65_HS1-834228961_62-HQ-83894_Section_9
Agency: FBI
Page 256
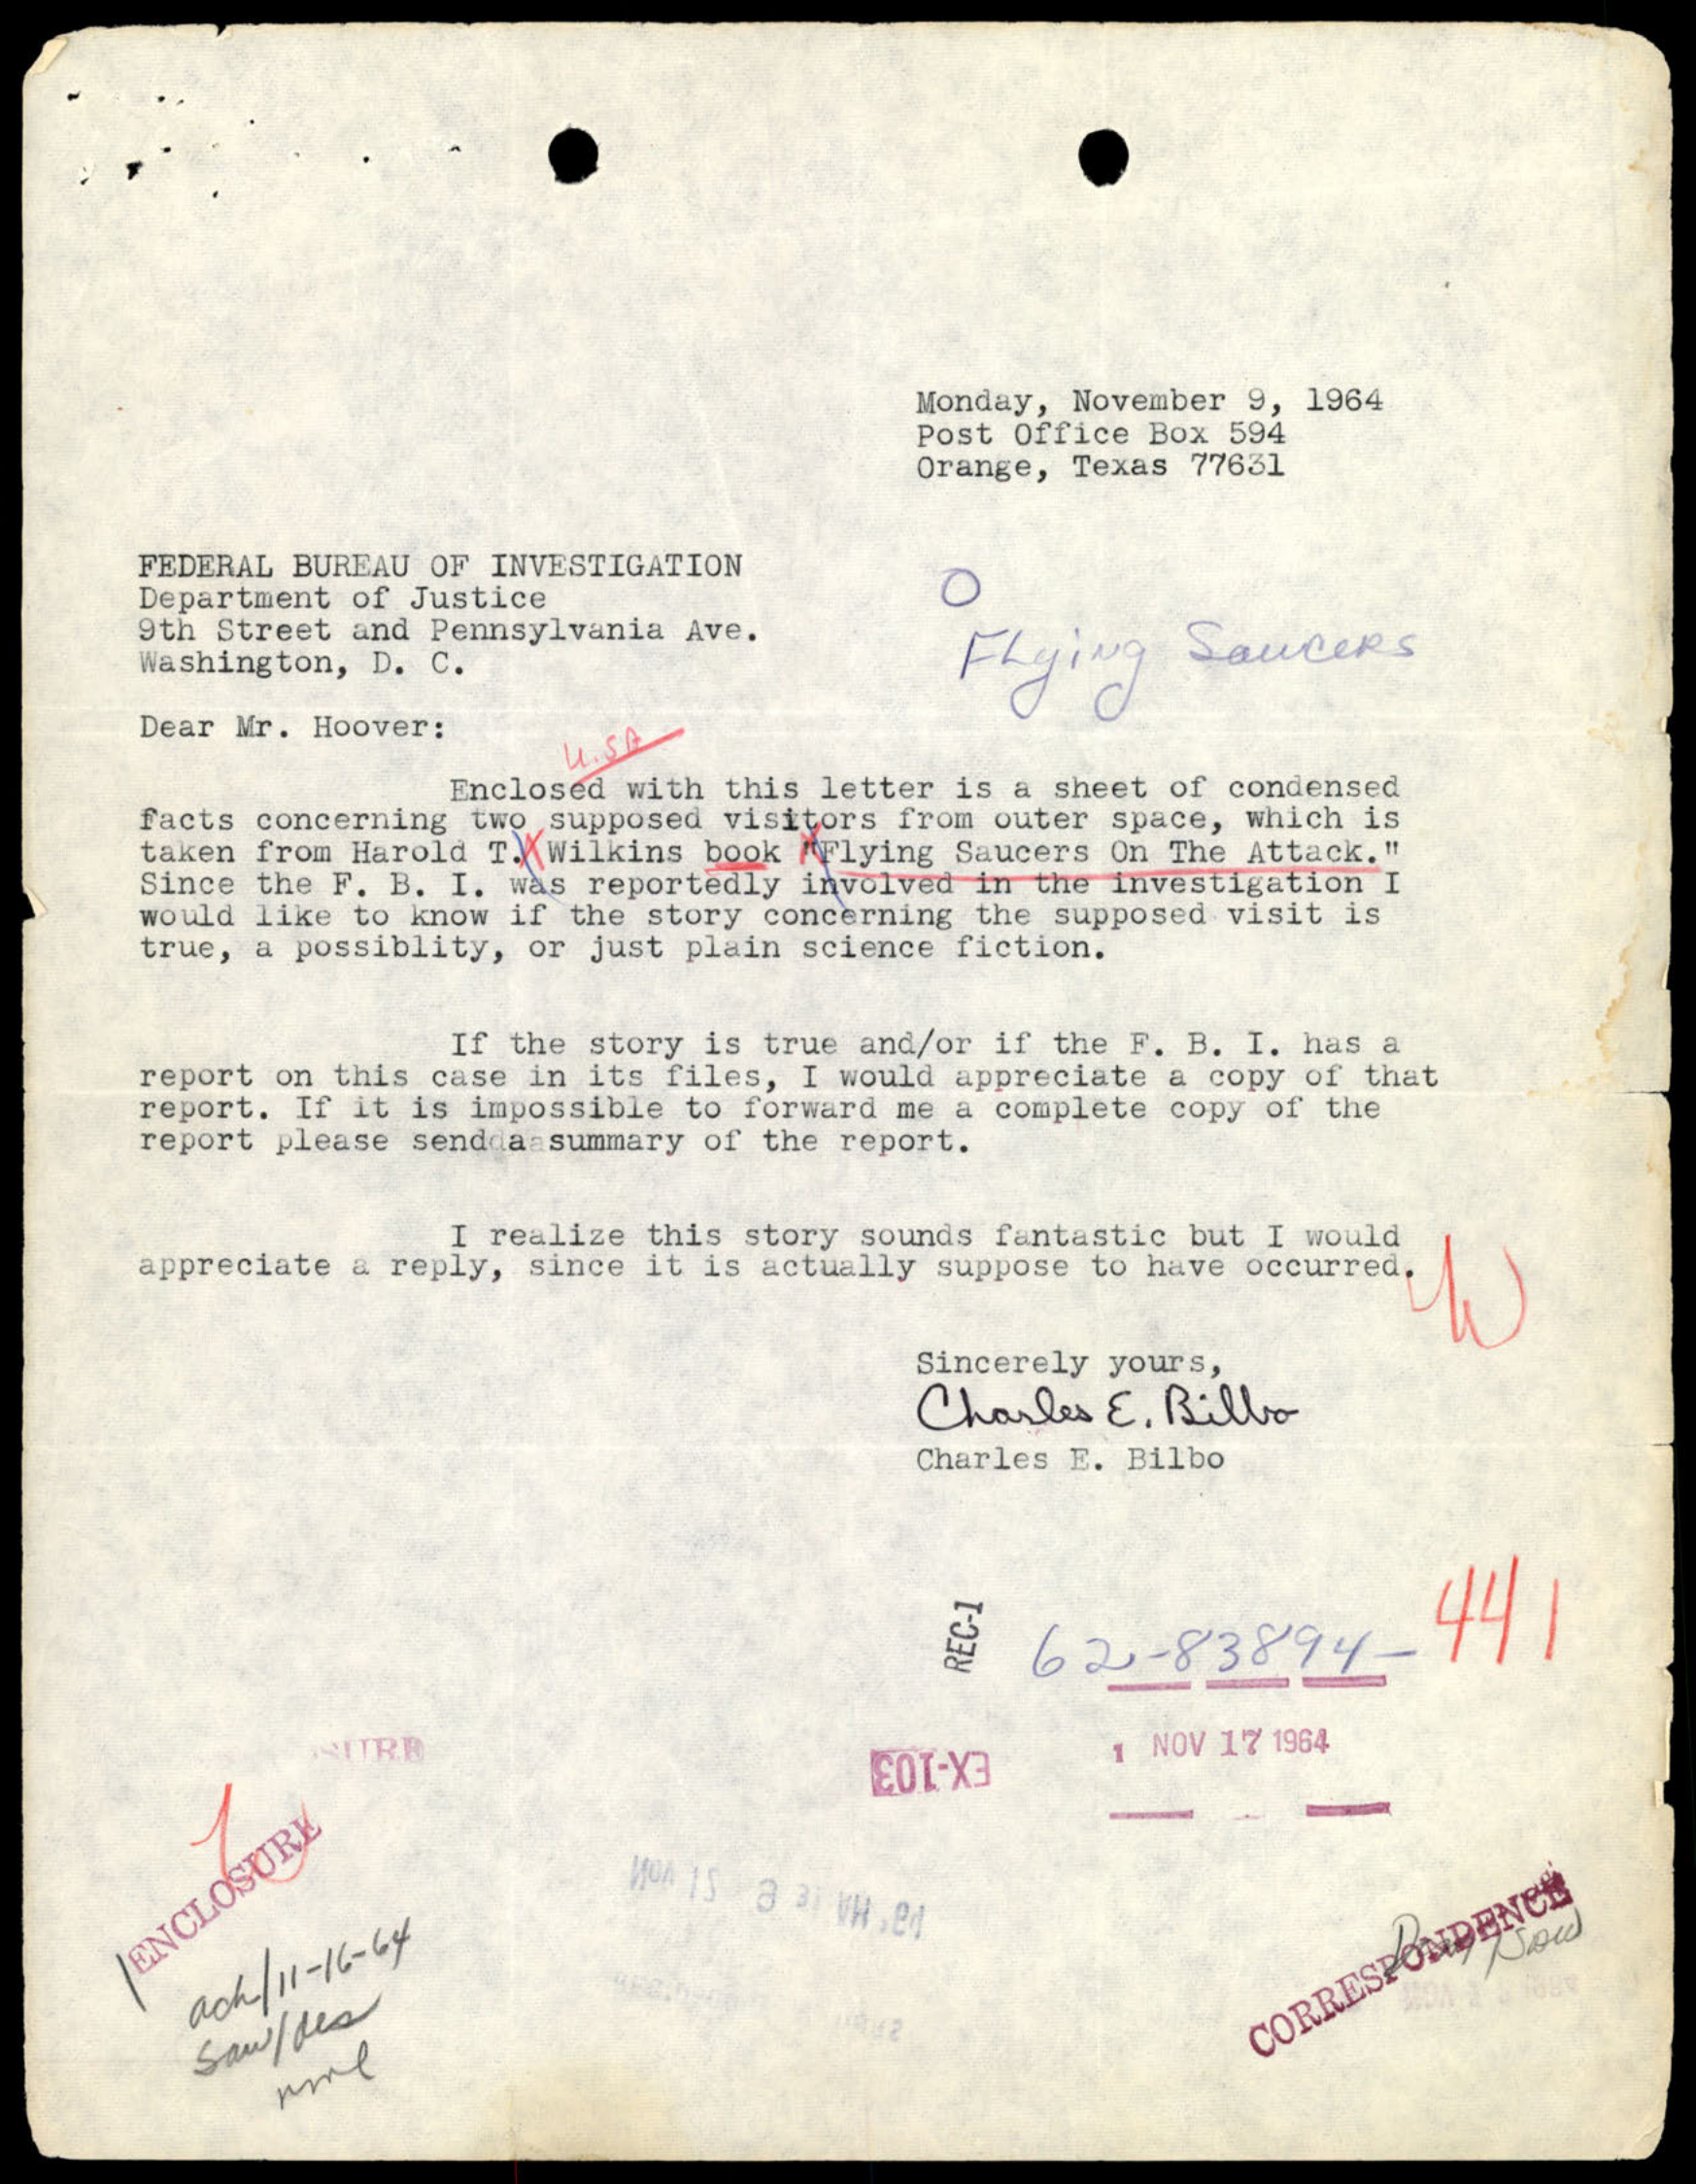